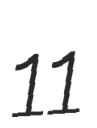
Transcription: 11